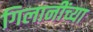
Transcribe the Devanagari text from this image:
गिलानींच्या